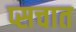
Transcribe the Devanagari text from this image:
प्सचात